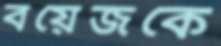
বয়েজকে